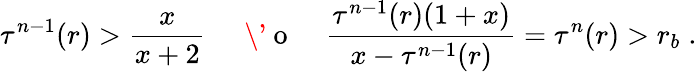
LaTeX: \tau^{n-1}(r)>\frac{x}{x+2}\; \; \; \; {\mathrm{~\' ~o~}}\; \; \; \; \frac{\tau^{n-1}(r)(1+x)}{x-\tau^{n-1}(r)}=\tau^{n}(r)>r_{b}\; .